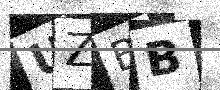
Text: UZBB